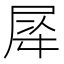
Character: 𭕡